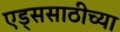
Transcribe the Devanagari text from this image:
एड्ससाठीच्या